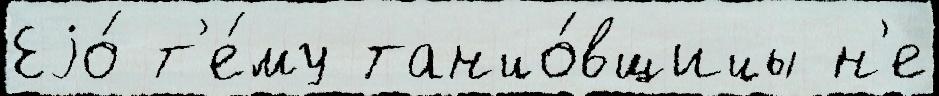
Еjо́ т'е́му танцо́вщицы н'е